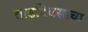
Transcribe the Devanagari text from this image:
वाढदिवसाचा